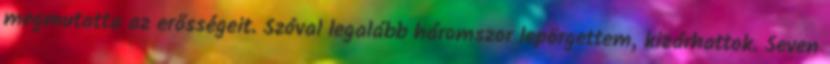
megmutatta az erősségeit. Szóval legalább háromszor lepörgettem, kizárhattok. Seven